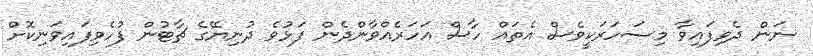
ނަން ދެވިފައިވާ މިސަހަރަކީވެސް އެތައް ހާސް އަހަރެއްވާންދެން ފަޅުވެ ދުނިޔޭގެ ޗާޓުން ފުހެވިފައިވަނިކޮށް